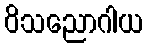
ဝိသညောဂါယ